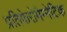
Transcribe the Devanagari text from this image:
प्रतिफेरोमैग्नेटिक